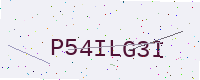
Text: P54ILG3I